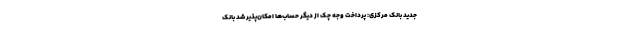
جدید بانک مرکزی: پرداخت وجه چک از دیگر حساب‌ها امکان‌پذیر شد بانک